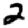
Digit: 2